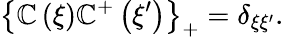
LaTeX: \left\{ \mathbb{C}\left(\xi\right)\mathbb{C}^{+}\left(\xi^{\prime}\right)\right\} _{+}=\delta_{\xi\xi^{\prime}}.